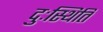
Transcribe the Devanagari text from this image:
दुःस्थिति